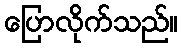
ပြောလိုက်သည်။